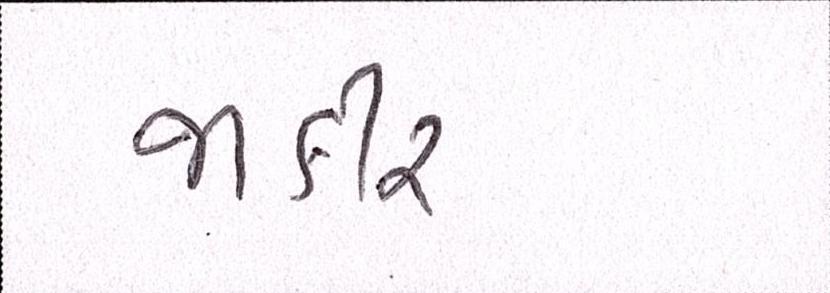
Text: જાકીર